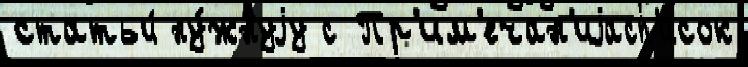
статьи́ ну́жнуjу с Пр'им'ечан'иjасп'исок